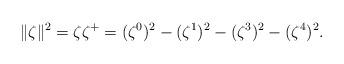
LaTeX: \begin{align*}\|\zeta\|^2=\zeta {\zeta}^+=(\zeta^0)^2 - (\zeta^1)^2-(\zeta^3)^2 - (\zeta^4)^2.\end{align*}